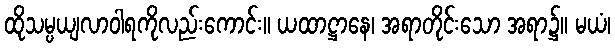
ထိုသမ္ပယျလာဝါရကိုလည်းကောင်း။ ယထာဋ္ဌာနေ၊ အရာတိုင်းသော အရာ၌။ မယံ၊